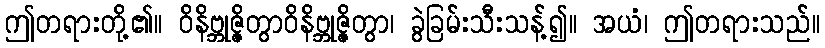
ဤတရားတို့၏။ ဝိနိဗ္ဘုဇ္ဇိတွာဝိနိဗ္ဘုဇ္ဇိတွာ၊ ခွဲခြမ်းသီးသန့်၍။ အယံ၊ ဤတရားသည်။